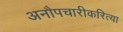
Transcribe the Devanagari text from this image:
अनौपचारीकरित्या